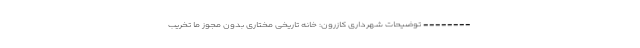
-------- توضیحات شهرداری کازرون: خانه تاریخی مختاری بدون مجوز ما تخریب